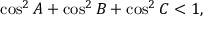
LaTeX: \cos ^ { 2 } A + \cos ^ { 2 } B + \cos ^ { 2 } C < 1 ,